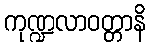
ကုဏ္ဍလာဝတ္တာနိ